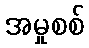
အမှုစစ်